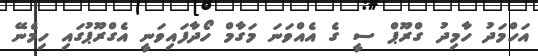
އަހްމަދު ހާމިދު ގްރޫޕް ސީ ގެ އެއްވަނަ މަގާމް ހޯދާފައިވަނީ އެގްރޫޕުގައި ހިމެނޭ